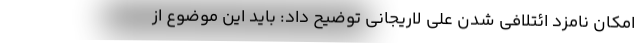
امکان نامزد ائتلافی شدن علی لاریجانی توضیح داد: باید این موضوع از